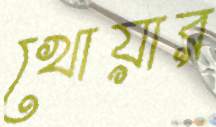
খোয়ার